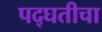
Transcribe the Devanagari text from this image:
पद्घतीचा